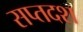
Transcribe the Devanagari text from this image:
सप्तदश